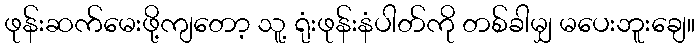
ဖုန်းဆက်မေးဖို့ကျတော့ သူ့ ရုံးဖုန်းနံပါတ်ကို တစ်ခါမျှ မပေးဘူးချေ။